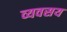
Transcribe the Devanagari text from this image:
व्यवसय